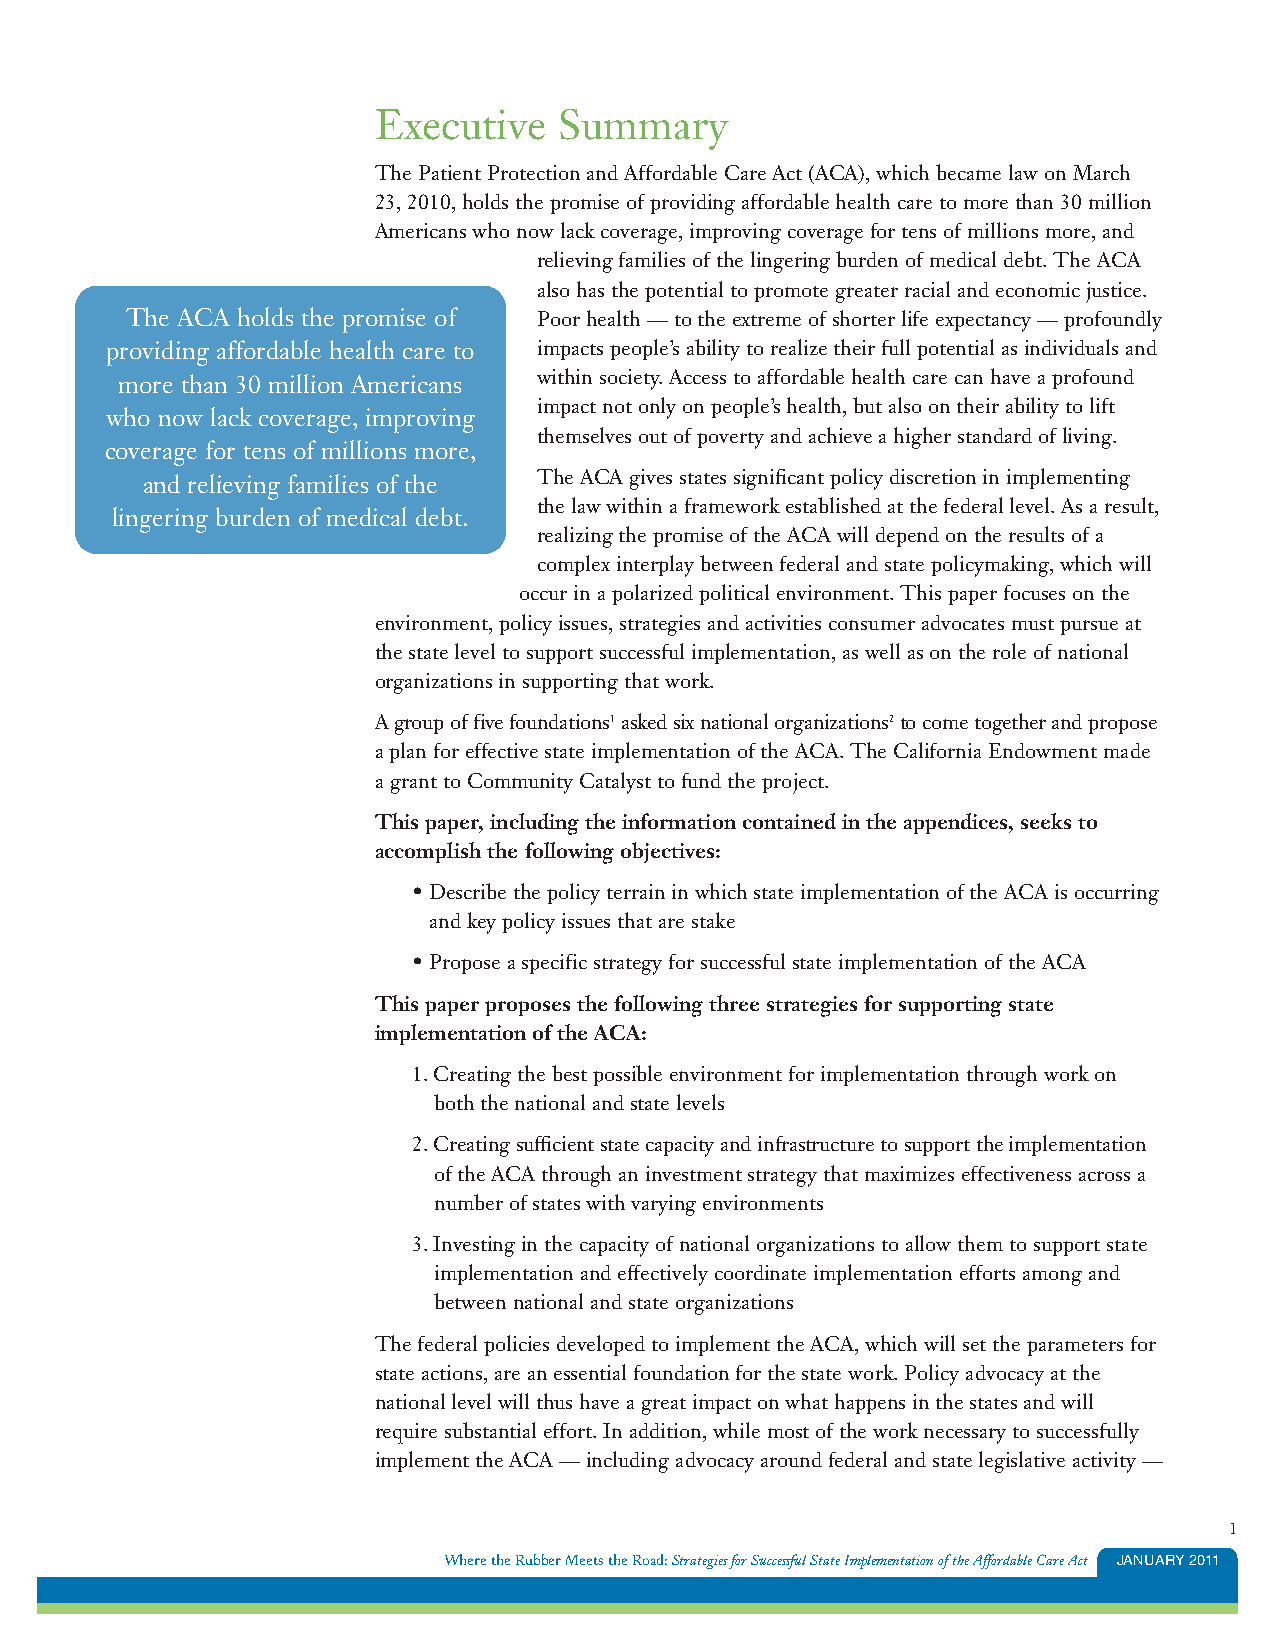
Executive   Summary
 The Patient Protection and Affordable Care Act (ACA), which became law on March
 23, 2010, holds the promise of providing affordable health care to more than 30 million
 Americans who now lack coverage, improving coverage for tens of millions more, and
 relieving families of the lingering burden of medical debt. The ACA
 also has the potential to promote greater racial and economic justice.
 The ACA holds the promise of Poor health — to the extreme of shorter life expectancy — profoundly
 providing affordable health care to impacts people’s ability to realize their full potential as individuals and
 more than 30 million Americans within society. Access to affordable health care can have a profound
 impact not only on people’s health, but also on their ability to lift
 who now lack coverage, improving
 themselves out of poverty and achieve a higher standard of living.
 coverage for tens of millions more,
 and relieving families of the The ACA gives states significant policy discretion in implementing
 the law within a framework established at the federal level. As a result,
 lingering burden of medical debt.
 realizing the promise of the ACA will depend on the results of a
 complex interplay between federal and state policymaking, which will
 occur in a polarized political environment. This paper focuses on the
 environment, policy issues, strategies and activities consumer advocates must pursue at
 the state level to support successful implementation, as well as on the role of national
 organizations in supporting that work.
 A group of five foundations1asked six national organizations2to come together and propose
 a plan for effective state implementation of the ACA. The California Endowment made
 a grant to Community Catalyst to fund the project.
 This paper, including the information contained in the appendices, seeks to
 accomplish the following objectives:
 • Describe the policy terrain in which state implementation of the ACA is occurring
 and key policy issues that are stake
 • Propose a specific strategy for successful state implementation of the ACA
 This paper proposes the following three strategies for supporting state
 implementation of the ACA:
 1. Creating the best possible environment for implementation through work on
 both the national and state levels
 2. Creating sufficient state capacity and infrastructure to support the implementation
 of the ACA through an investment strategy that maximizes effectiveness across a
 number of states with varying environments
 3. Investing in the capacity of national organizations to allow them to support state
 implementation and effectively coordinate implementation efforts among and
 between national and state organizations
 The federal policies developed to implement the ACA, which will set the parameters for
 state actions, are an essential foundation for the state work. Policy advocacy at the
 national level will thus have a great impact on what happens in the states and will
 require substantial effort. In addition, while most of the work necessary to successfully
 implement the ACA — including advocacy around federal and state legislative activity —
 1
 Where the Rubber Meets the Road:Strategies for Successful State Implementation of the Affordable Care Act JANUARY 2011